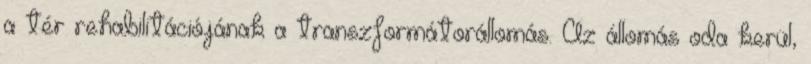
a tér rehabilitációjának a transzformátorállomás. Az állomás oda kerül,